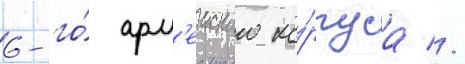
6-го́ арм'еиского ко́рпуса //